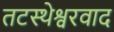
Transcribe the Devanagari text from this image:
तटस्थेश्वरवाद